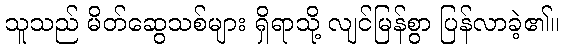
သူသည် မိတ်ဆွေသစ်များ ရှိရာသို့ လျင်မြန်စွာ ပြန်လာခဲ့၏။